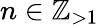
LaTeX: n\in\mathbb{Z}_{>1}